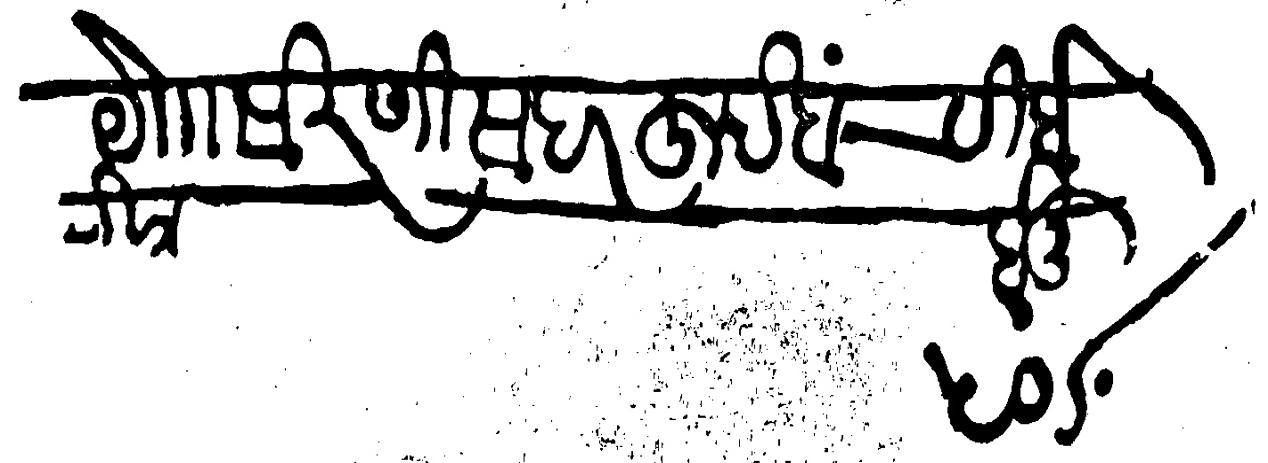
Transliteration (Devanagari): या सिरणी सदरहू देहांची बे रोज होनू ५०σ